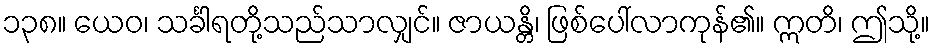
၁၃၈။ ယေဝ၊ သင်္ခါရတို့သည်သာလျှင်။ ဇာယန္တိ၊ ဖြစ်ပေါ်လာကုန်၏။ ဣတိ၊ ဤသို့။